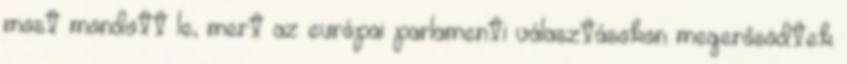
most mondott le, mert az európai parlamenti választásokon megerősödtek